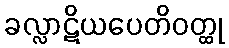
ခလ္လာဋိယပေတိဝတ္ထု